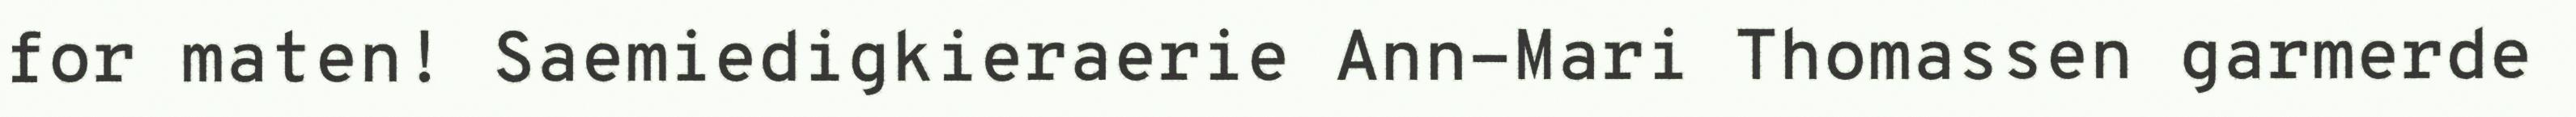
for maten! Saemiedigkieraerie Ann-Mari Thomassen garmerde